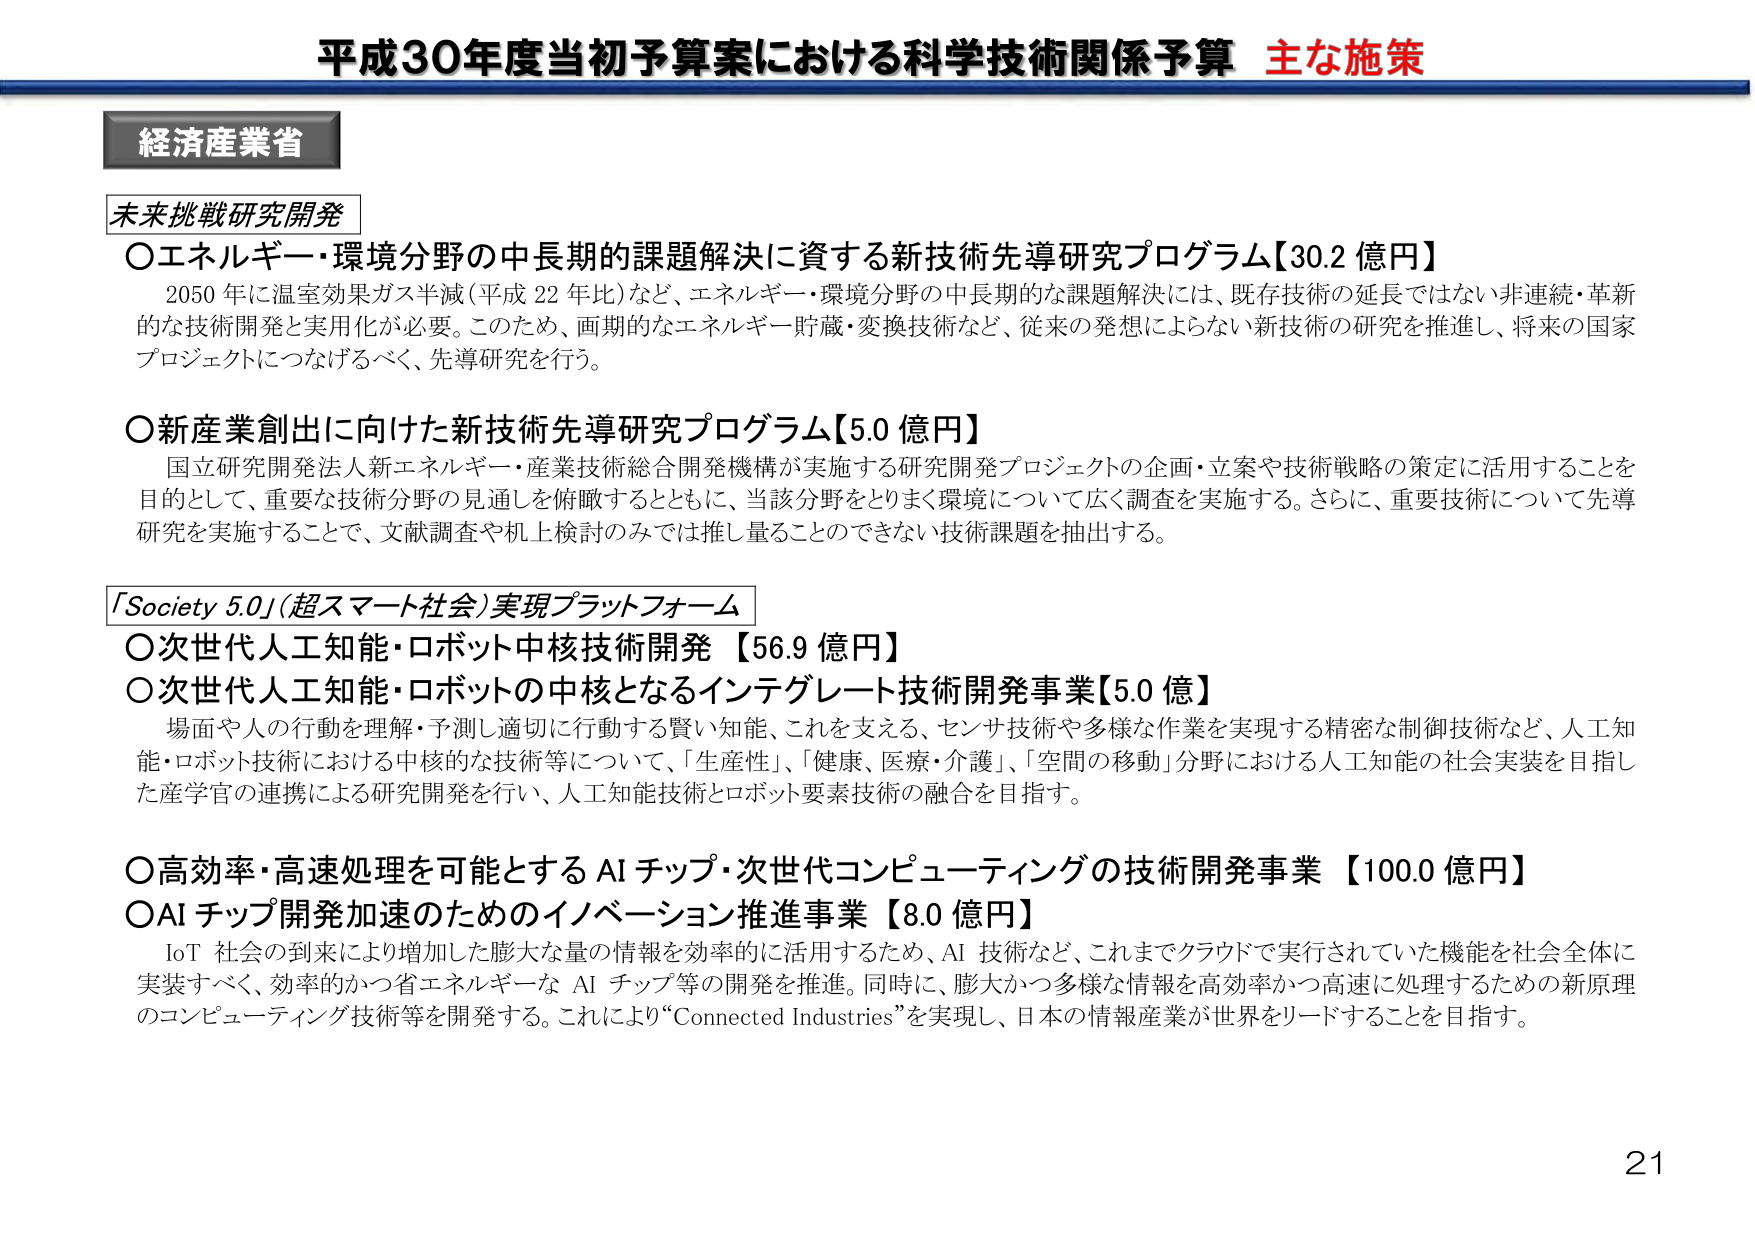
平成30年度当初予算案における科学技術関係予算 主な施策

経済産業省

未来挑戦研究開発

○エネルギー・環境分野の中長期的課題解決に資する新技術先導研究プログラム【30.2 億円】
　2050 年に温室効果ガス半減（平成 22 年比）など、エネルギー・環境分野の中長期的な課題解決には、既存技術の延長ではない非連続・革新的な技術開発と実用化が必要。このため、画期的なエネルギー貯蔵・変換技術など、従来の発想によらない新技術の研究を推進し、将来の国家プロジェクトにつなげるべく、先導研究を行う。

○新産業創出に向けた新技術先導研究プログラム【5.0 億円】
　国立研究開発法人新エネルギー・産業技術総合開発機構が実施する研究開発プロジェクトの企画・立案や技術戦略の策定に活用することを目的として、重要な技術分野の見通しを俯瞰するとともに、当該分野をとりまく環境について広く調査を実施する。さらに、重要技術について先導研究を実施することで、文献調査や机上検討のみでは推し量ることのできない技術課題を抽出する。

「Society 5.0」（超スマート社会）実現プラットフォーム

○次世代人工知能・ロボット中核技術開発 【56.9 億円】
○次世代人工知能・ロボットの中核となるインテグレート技術開発事業【5.0 億】
　場面や人の行動を理解・予測し適切に行動する賢い知能、これを支える、センサ技術や多様な作業を実現する精密な制御技術など、人工知能・ロボット技術における中核的な技術等について、「生産性」、「健康、医療・介護」、「空間の移動」分野における人工知能の社会実装を目指した産学官の連携による研究開発を行い、人工知能技術とロボット要素技術の融合を目指す。

○高効率・高速処理を可能とする AI チップ・次世代コンピューティングの技術開発事業 【100.0 億円】
○AI チップ開発加速のためのイノベーション推進事業 【80 億円】
　IoT 社会の到来により増加した膨大な量の情報を効率的に活用するため、AI 技術など、これまでクラウドで実行されていた機能を社会全体に実装すべく、効率的かつ省エネルギーな AI チップ等の開発を推進。同時に、膨大かつ多様な情報を高効率かつ高速に処理するための新原理のコンピューティング技術等を開発する。これにより“Connected Industries”を実現し、日本の情報産業が世界をリードすることを目指す。

21